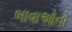
બાવાઓનો